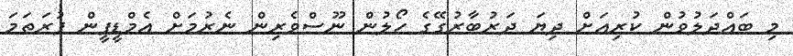
މި ބައްދަލުވުން ކުރިއަށް ދިޔަ ދަރުބާރުގޭގެ ހޯލުން ނޫސްވެރިން ނެރުމަށް އެމްޑީޕީން ފުރަތަމަ